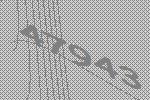
47943